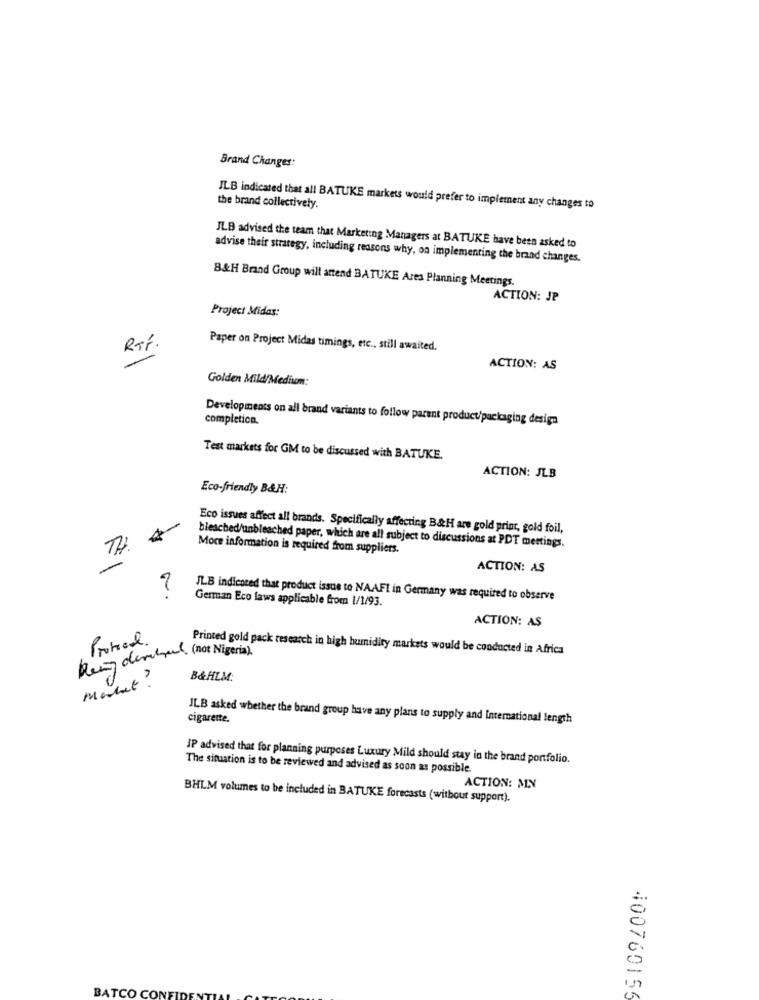
Brand Changes:
the brand collectively.
ILB indicated that all BATUKE markets would prefer to implement any changes to
JLB advised the team that Marketing Managers at BATUKE have been asked to
advise their strategy, including reasons why, on implementing the brand changes.
B&H Brand Group will attend BATUKE Area Planning Meetings.
ACTION: JP
Project Midas:
RTP.
Paper on Project Midas timings, etc ., still awaited.
ACTION: AS
Golden Mild/Medium:
Developments on all brand variants to follow parent product/packaging design
completion.
Test markets for GM to be discussed with BATUKE.
ACTION: JLB
Eco-friendly B&H:
Eco issues affect all brands. Specifically affecting B&H are gold print, gold foil,
bleached/unbleached paper, which are all subject to discussions at PDT meetings.
More information is required from suppliers.
ACTION: AS
JL.B indicated that product issue to NAFI in Germany was required to observe
German Eco laws applicable from 1/1/93.
ACTION: AS
Protocol.
Printed gold pack research in high humidity markets would be conducted in Africa
Rey derhal (not Nigeria),
Malut ?
B&HLM:
cigarette.
JLB asked whether the brand group have any plans to supply and International length
IP advised that for planning purposes Luxury Mild should stay in the brand portfolio.
The situation is to be reviewed and advised as soon as possible.
ACTION: MN
BHLM volumes to be included in BATUKE forecasts (without support).
400760156
BATCO CONF